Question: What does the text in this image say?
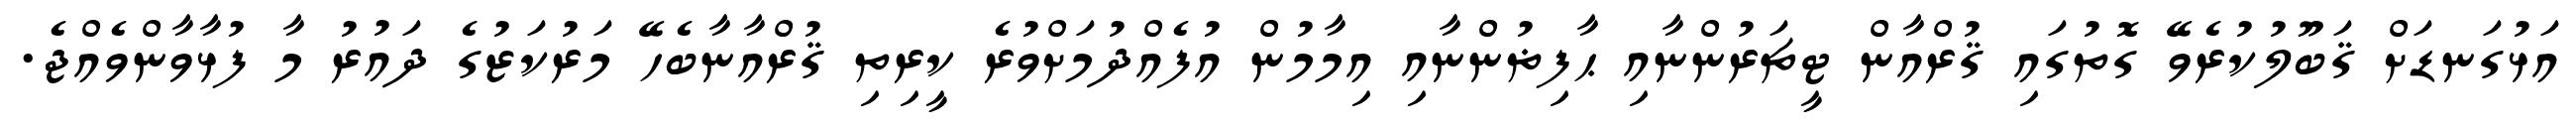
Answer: އަޅުގަނޑަށް ޤަބޫލުކުރެވޭ ގޮތުގައި ޤުރްއާން ޓީޗަރުންނާއި ޙާފިޡުންނާއި އިމާމުން އުފެއްދުމަށްވުރެ ކީރިތި ޤުރްއާނާބެހޭ މަރުކަޒުގެ ދައުރު މާ ފުޅާވާންވެއްޖެ.